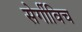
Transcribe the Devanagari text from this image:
सेर्गीविच